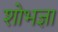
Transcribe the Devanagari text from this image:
शोभज्ञा